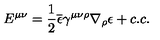
E ^ { \mu \nu } = \frac { 1 } { 2 } \overline { { \epsilon } } \gamma ^ { \mu \nu \rho } \nabla _ { \rho } \epsilon + c . c .